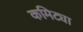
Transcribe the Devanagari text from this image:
कमिट्या